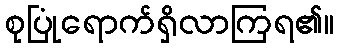
စုပြုံရောက်ရှိလာကြရ၏။